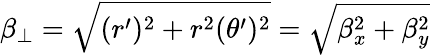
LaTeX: \beta_{\perp}=\sqrt{(r^{\prime})^{2}+r^{2}(\theta^{\prime})^{2}}=\sqrt{\beta_{x}^{2}+\beta_{y}^{2}}